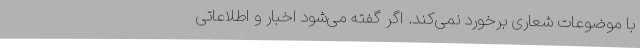
با موضوعات شعاری برخورد نمی‌کند. اگر گفته می‌شود اخبار و اطلاعاتی